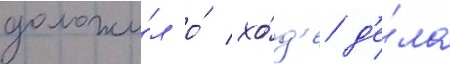
доложи́л о́ хо́д'е д'е́ла